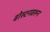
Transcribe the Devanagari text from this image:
बोस्टनवरून